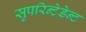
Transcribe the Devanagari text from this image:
सुपरिन्टेडेन्ट